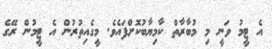
އެ ޓީމު ވަނީ މި މުބާރާތް ކާމިޔާބުކޮށްފައެވެ. މީގެއިތުރުން އެ ޓީމުން ރޭގެ